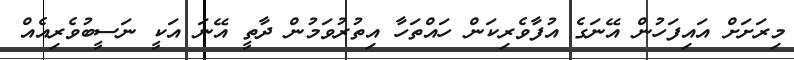
މިރަށަށް އައިފަހުން އޭނަގެ އުފާވެރިކަން ހައްތަހާ އިތުރުވަމުން ދާތީ އޭނަ އަކީ ނަސީބުވެރިއެއް